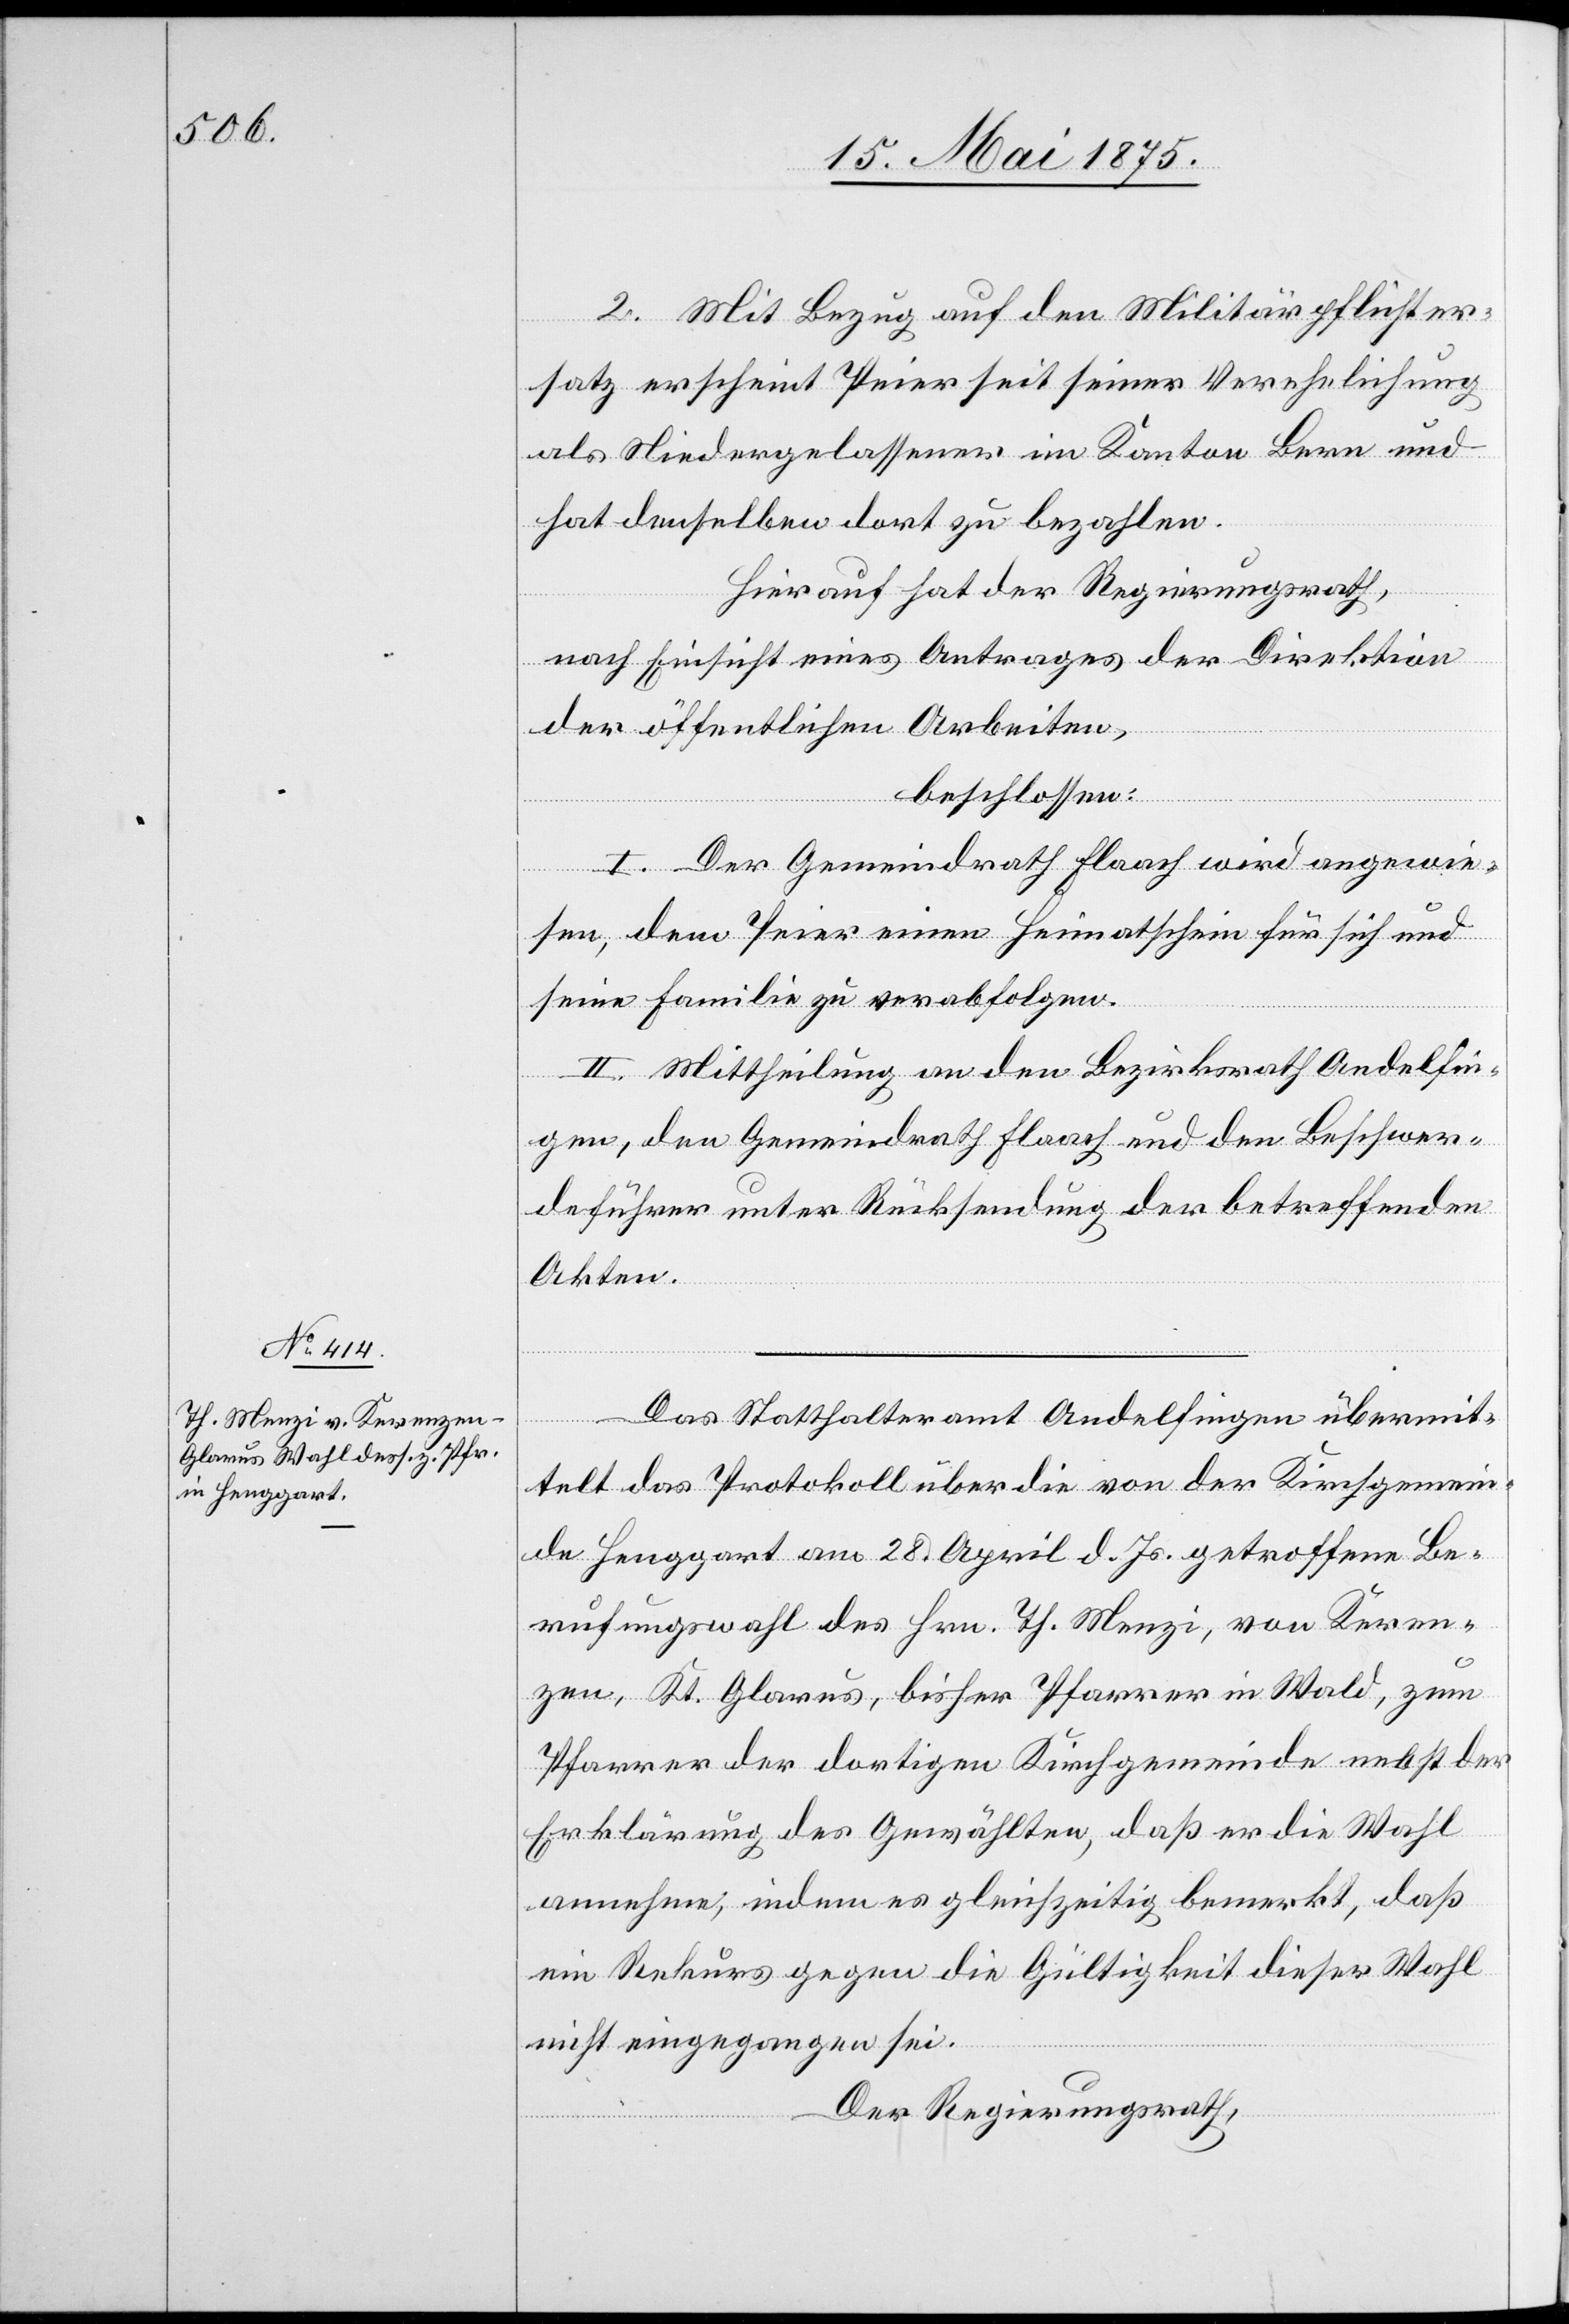
2. Mit Bezug auf den Militärpflichter¬
satz erscheint Peier seit seiner Verehelichung
als Niedergelassener im Kanton Bern und
hat denselben dort zu bezahlen.
Hierauf hat der Regierungsrath,
nach Einsicht eines Antrages der Direktion
der öffentlichen Arbeiten,
beschlossen:
I. Der Gemeindrath Flaach wird angewie¬
sen, dem Peier einen Heimatschein für sich und
seine Familie zu verabfolgen.
II. Mittheilung an den Bezirksrath Andelfin¬
gen, den Gemeindrath Flaach und den Beschwer¬
deführer unter Rücksendung der betreffenden
Akten.
Das Statthalteramt Andelfingen übermit¬
telt das Protokoll über die von der Kirchgemein¬
de Henggart am 28. April d. Js. getroffene Be¬
rufungswahl des Hrn. Th. Menzi, von Keren¬
zen, Kt. Glarus, bisher Pfarrer in Wald, zum
Pfarrer der dortigen Kirchgemeinde nebst der
Erklärung des Gewählten, daß er die Wahl
annehme, indem es gleichzeitig bemerkt, daß
ein Rekurs gegen die Gültigkeit dieser Wahl
nicht eingegangen sei.
Der Regierungsrath,